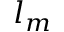
l _ { m }